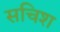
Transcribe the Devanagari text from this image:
सचिश